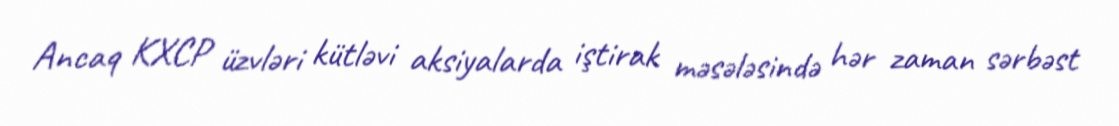
Ancaq KXCP üzvləri kütləvi aksiyalarda iştirak məsələsində hər zaman sərbəst